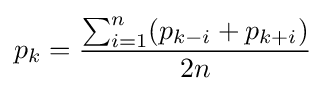
p_{k}={\sum _{i=1}^{n}({p_{k-i}+p_{k+i})} \over 2n}